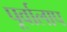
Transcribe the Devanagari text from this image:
पूर्वालाप